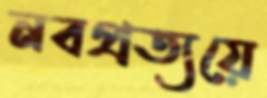
নবপ্রত্যয়ে